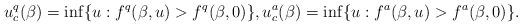
LaTeX: \begin{align*} u_c^q(\beta) = \inf\{u: f^q(\beta,u) > f^q(\beta,0)\}, u_c^a(\beta) = \inf\{u: f^a(\beta,u)>f^a(\beta,0)\}.\end{align*}